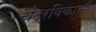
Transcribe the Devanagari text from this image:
चंद्रविकासी